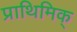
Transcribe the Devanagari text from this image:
प्राथिमिक्